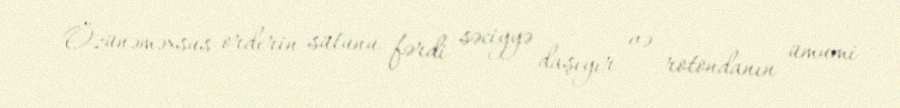
Özünəməxsus orderin sütunu fərdi səciyyə daşıyır və rotondanın ümumi